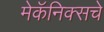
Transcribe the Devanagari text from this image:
मेकॅनिक्सचे